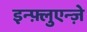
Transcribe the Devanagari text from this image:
इन्फ़्लुएन्ज़े